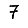
Digit: 7